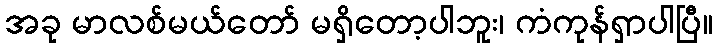
အခု မာလစ်မယ်တော် မရှိတော့ပါဘူး၊ ကံကုန်ရှာပါပြီ။